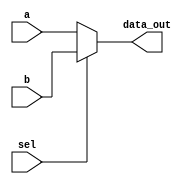
module Mux2way16(data_out, a, b, sel);

	output reg[15:0] data_out; 
	input wire[15:0] a, b;
	input wire sel;
	wire not_sel, w1, w2, w3, w4; // w1 = a.b; w2 = b.sel; w3 = a.not_sel; w4 = w1 + w2

	always@(a or b or sel)
	begin
		if(sel)
			data_out = b;
		else
			data_out = a;
	end

endmodule